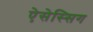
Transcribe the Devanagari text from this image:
ऐसेस्सिग